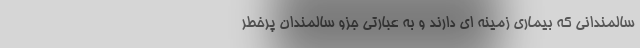
سالمندانی که بیماری زمینه ای دارند و به عبارتی جزو سالمندان پرخطر